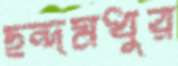
ছন্দমধুর